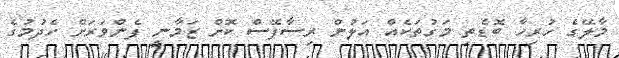
މާލޭގެ ހުރިހާ ބޮޑެތި މަގުތަކެއް އަލުން ރިސާފޭސް ކޮށް ޒަމާނީ ފެންވަރަށް ހެދުމުގެ